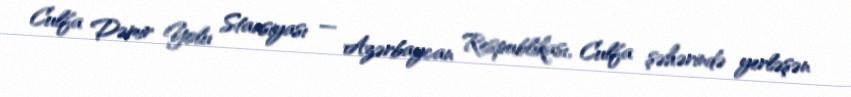
Culfa Dəmir Yolu Stansiyası — Azərbaycan Respublikası, Culfa şəhərində yerləşən